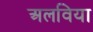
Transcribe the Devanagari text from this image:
अलविया